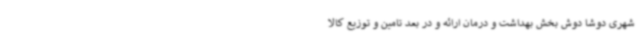
شهری دوشا دوش بخش بهداشت و درمان ارائه و در بعد تامین و توزیع کالا